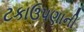
ટકાઉપણાની